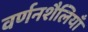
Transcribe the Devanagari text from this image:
वर्णनशैलियाँ